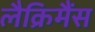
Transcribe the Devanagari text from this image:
लैक्रिमैंस